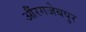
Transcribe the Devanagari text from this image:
औंरगजेबपुर